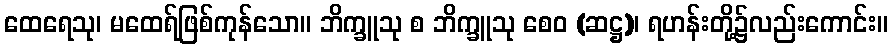
ထေရေသု၊ မထေရ်ဖြစ်ကုန်သော။ ဘိက္ခူသု စ ဘိက္ခူသု စေဝ (ဆဋ္ဌ)၊ ရဟန်းတို့၌လည်းကောင်း။